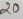
Text: 20